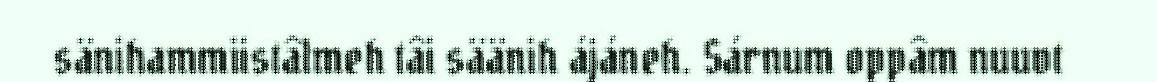
sänihammiistâlmeh tâi säänih ájáneh. Sárnum oppâm nuuvt